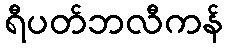
ရီပတ်ဘလီကန်